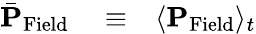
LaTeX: \begin{array}{rlr}{\bar{\mathbf P}_{\mathrm{Field}}}&{{}\equiv}&{\langle{\mathbf P}_{\mathrm{Field}}\rangle_{t}}\end{array}